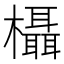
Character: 欇